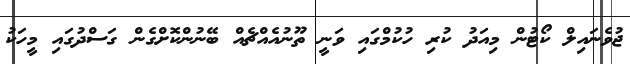
ޖުވެނައިލް ކޯޓުން މިއަދު ކުރި ހުކުމްގައި ވަނީ ތޫނުއެއްޗެއް ބޭނުންކޮށްގެން ގަސްދުގައި މީހަކު